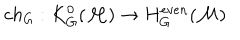
c h _ { G } : K _ { G } ^ { 0 } ( { \cal M } ) \to H _ { G } ^ { e v e n } ( { \cal M } )